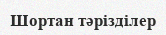
Шортан тәрізділер